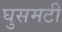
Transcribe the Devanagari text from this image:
घुसमटी